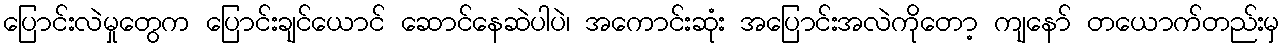
ပြောင်းလဲမှုတွေက ပြောင်းချင်ယောင် ဆောင်နေဆဲပါပဲ၊ အကောင်းဆုံး အပြောင်းအလဲကိုတော့ ကျနော် တယောက်တည်းမှ